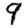
Digit: 9